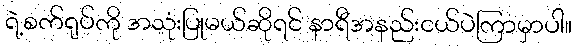
ရဲ့စက်ရုပ်ကို အသုံးပြုမယ်ဆိုရင် နာရီအနည်းငယ်ပဲကြာမှာပါ။